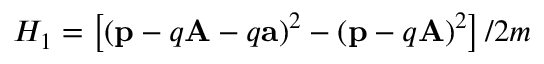
H _ { 1 } = \left[ \left( \mathbf { p } - q \mathbf { A } - q \mathbf { a } \right) ^ { 2 } - \left( \mathbf { p } - q \mathbf { A } \right) ^ { 2 } \right] / 2 m